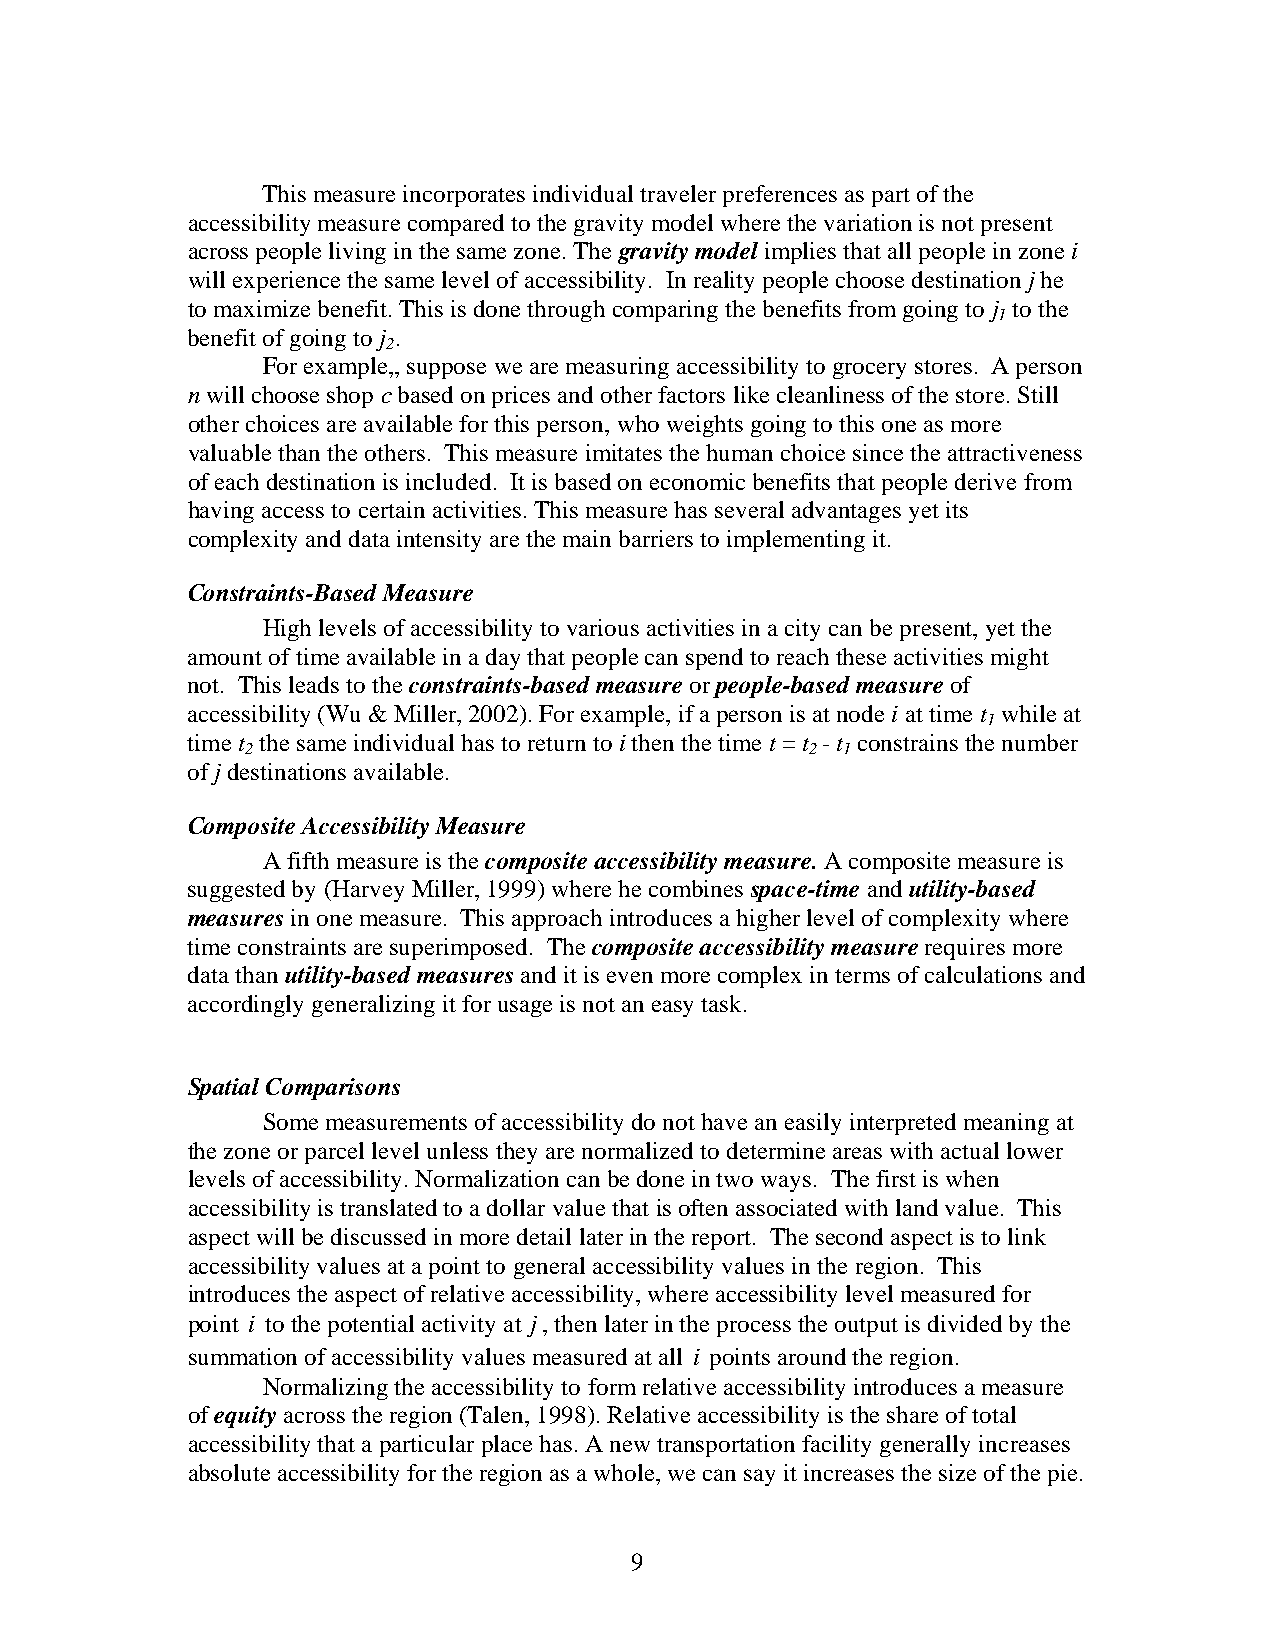
This measure incorporates individual traveler preferences as part of the
 accessibility measure compared to the gravity model where the variation is not present
 across people living in the same zone. The gravity model implies that all people in zone i
 will experience the same level of accessibility. In reality people choose destination j he
 to maximize benefit. This is done through comparing the benefits from going to j to the
 1
 benefit of going to j .
 2
 For example,, suppose we are measuring accessibility to grocery stores. A person
 n will choose shop c based on prices and other factors like cleanliness of the store. Still
 other choices are available for this person, who weights going to this one as more
 valuable than the others. This measure imitates the human choice since the attractiveness
 of each destination is included. It is based on economic benefits that people derive from
 having access to certain activities. This measure has several advantages yet its
 complexity and data intensity are the main barriers to implementing it.
 Constraints-Based Measure
 High levels of accessibility to various activities in a city can be present, yet the
 amount of time available in a day that people can spend to reach these activities might
 not. This leads to the constraints-based measure or people-based measure of
 accessibility (Wu & Miller, 2002). For example, if a person is at node i at time t while at
 1
 time t the same individual has to return to i then the time t = t - t constrains the number
 2                                     2 1
 of j destinations available.
 Composite Accessibility Measure
 A fifth measure is the composite accessibility measure. A composite measure is
 suggested by (Harvey Miller, 1999) where he combines space-time and utility-based
 measures in one measure. This approach introduces a higher level of complexity where
 time constraints are superimposed. The composite accessibility measure requires more
 data than utility-based measures and it is even more complex in terms of calculations and
 accordingly generalizing it for usage is not an easy task.
 Spatial Comparisons
 Some measurements of accessibility do not have an easily interpreted meaning at
 the zone or parcel level unless they are normalized to determine areas with actual lower
 levels of accessibility. Normalization can be done in two ways. The first is when
 accessibility is translated to a dollar value that is often associated with land value. This
 aspect will be discussed in more detail later in the report. The second aspect is to link
 accessibility values at a point to general accessibility values in the region. This
 introduces the aspect of relative accessibility, where accessibility level measured for
 point i to the potential activity at j, then later in the process the output is divided by the
 summation of accessibility values measured at all i points around the region.
 Normalizing the accessibility to form relative accessibility introduces a measure
 of equity across the region (Talen, 1998). Relative accessibility is the share of total
 accessibility that a particular place has. A new transportation facility generally increases
 absolute accessibility for the region as a whole, we can say it increases the size of the pie.
 9